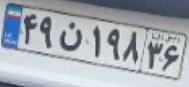
۴۹ن۱۹۸۳۶